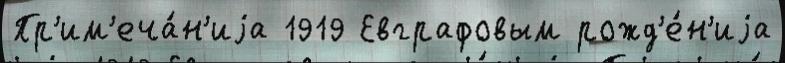
Пр'им'еча́н'иjа 1919 Евграфовым рожд'е́н'иjа